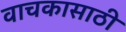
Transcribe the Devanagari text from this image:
वाचकासाठी